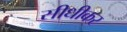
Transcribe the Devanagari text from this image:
सीधीकर